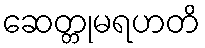
ဆေတ္တုမရဟတိ